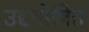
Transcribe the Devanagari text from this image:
उद्दघोषित